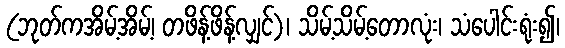
(ဘုတ်ကအိမ့်အိမ့်၊ တဖိန့်ဖိန့်လျှင်)၊ သိမ့်သိမ့်တောလုံး၊ သံပေါင်းရုံး၍၊